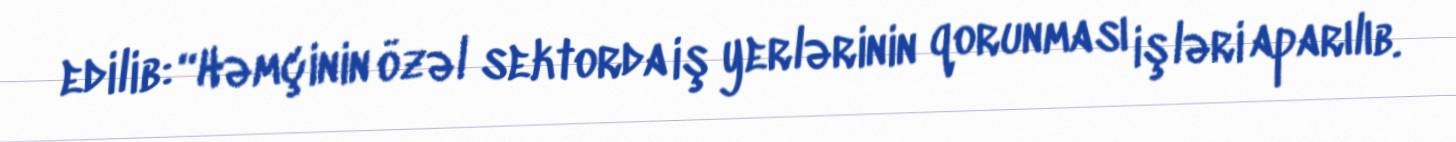
edilib: “Həmçinin özəl sektorda iş yerlərinin qorunması işləri aparılıb.